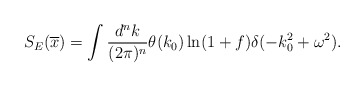
\begin{align*}S_{E}(\overline x) = \int \frac{d^nk}{(2\pi)^n}\theta(k_0)\ln(1+f)\delta(-k_0^2+\omega^2).\end{align*}